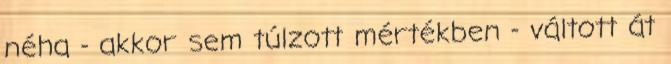
néha - akkor sem túlzott mértékben - váltott át